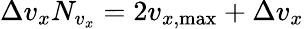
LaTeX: \Delta v_{x}N_{v_{x}}=2v_{x,\operatorname*{max}}+\Delta v_{x}